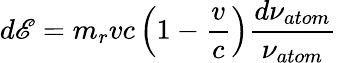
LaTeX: d\mathscr{E}=m_{r}vc\left(1-\frac{{v}}{{c}}\right)\frac{{d\nu_{atom}}}{{\nu_{atom}}}